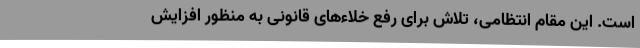
است. این مقام انتظامی، تلاش برای رفع خلاء‌های قانونی به منظور افزایش